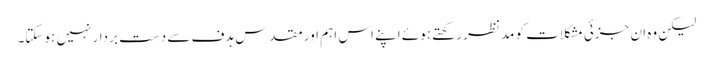
لیکن وہ ان جزئی مشکلات کو مدنظر رکھتے ہوئے اپنے اس اہم اور مقدس ہدف سے دست بردار نہیں ہوسکتا۔